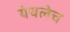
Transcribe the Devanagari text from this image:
येथलेच